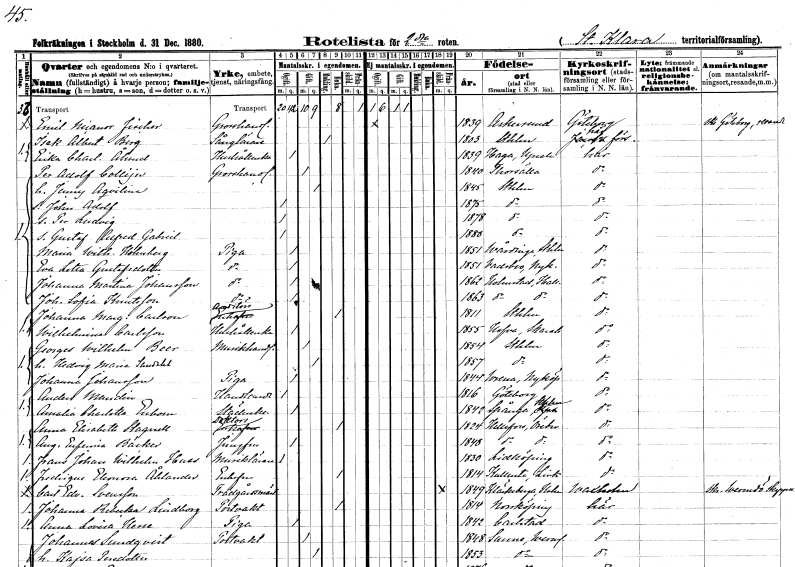
gt_parse: households: individuals: FN: Emil Nicanor
EN: Fischer
YRKE: Grosshandlare
KON: M
CIV: O
FODAR: 1839
FODFORS: Askersund Örebro län
FN: Isak Albert
EN: Berg
YRKE: Sånglärare
KON: M
CIV: E
FODAR: 1803
FODFORS: Stockholm
FN: Erika Charlotta
EN: Ålund
YRKE: Hushållerska
KON: K
CIV: O
FODAR: 1839
FODFORS: Haga Stockholms län
FN: Per Adolf
EN: Collijn
YRKE: Grosshandlare
KON: M
CIV: G
FODAR: 1840
FODFORS: Torshälla Södermanlands län
FN: Jenny Aqvilina
KON: K
CIV: G
FODAR: 1845
FODFORS: Stockholm
FN: John Adolf
KON: M
CIV: O
FODAR: 1875
FODFORS: Stockholm
FN: Per Ludvig
KON: M
CIV: O
FODAR: 1878
FODFORS: Stockholm
FN: Gustaf Alfred Gabriel
KON: M
CIV: O
FODAR: 1880
FODFORS: Stockholm
FN: Maria Wilhelmina
EN: Holmberg
YRKE: Piga
KON: K
CIV: O
FODAR: 1851
FODFORS: Vårdinge Stockholms län
FN: Eva Lotta
EN: Gustafsdotter
YRKE: Piga
KON: K
CIV: O
FODAR: 1851
FODFORS: Vadsbro Södermanlands län
FN: Johanna Martina
EN: Johansson
YRKE: Piga
KON: K
CIV: O
FODAR: 1862
FODFORS: Halmstad Hallands län
FN: Johanna Sofia
EN: Knutsson
YRKE: Piga
KON: K
CIV: O
FODAR: 1863
FODFORS: Halmstad Hallands län
FN: Johanna Margareta
EN: Carlson
YRKE: Auditörsänka
KON: K
CIV: E
FODAR: 1811
FODFORS: Stockholm
FN: Wilhelmina
EN: Carlsson
YRKE: Hushållerska
KON: K
CIV: O
FODAR: 1855
FODFORS: Hova Skaraborgs län
FN: Georges Wilhelm
EN: Beer
YRKE: Musikhandlande
KON: M
CIV: G
FODAR: 1854
FODFORS: Stockholm
FN: Hedvig Maria
EN: Sandahl
KON: K
CIV: G
FODAR: 1857
FODFORS: Stockholm
FN: Johanna
EN: Johansson
YRKE: Piga
KON: K
CIV: O
FODAR: 1844
FODFORS: Vrena Södermanlands län
FN: Anders
EN: Mandin
YRKE: Handlande
KON: M
CIV: O
FODAR: 1816
FODFORS: Göteborg Göteborgs- och Bohuslän
FN: Amalia Charlotta
EN: Enbom
YRKE: Städerska
KON: K
CIV: O
FODAR: 1842
FODFORS: Spånga Stockholms län
FN: Anna Elisabeth
EN: Stagnell
YRKE: Doktorsänka
KON: K
CIV: E
FODAR: 1824
FODFORS: Hällefors Örebro län
FN: Augusta Eufemia
EN: Bäcker
YRKE: Jungfru
KON: K
CIV: O
FODAR: 1848
FODFORS: Hällefors Örebro län
FN: Frans Johan Wilhelm
EN: Huss
YRKE: Musiklärare
KON: M
CIV: O
FODAR: 1830
FODFORS: Lidköping Skaraborgs län
FN: Fredrique Eleonora
EN: Åhlander
KON: K
CIV: E
FODAR: 1814
FODFORS: Kullerstad Östergötlands län
FN: Carl Edvard
EN: Svensson
YRKE: Trädgårdsmästare
KON: M
CIV: X
FODAR: 1849
FODFORS: Kläckeberga Kalmar län
FN: Johanna Rebecka
EN: Lindborg
YRKE: Portvakt
KON: K
CIV: E
FODAR: 1814
FODFORS: Norrköping Östergötlands län
FN: Anna Lovisa
EN: Hesse
YRKE: Piga
KON: K
CIV: O
FODAR: 1842
FODFORS: Karlstad Värmlands län